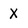
Character: X